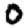
Digit: 0